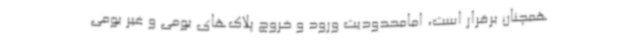
همچنان برقرار است، امامحدودیت ورود و خروج پلاک‌های بومی و غیر بومی